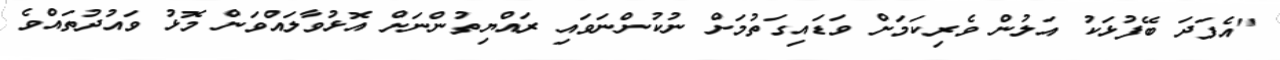
"އެފަދަ ބޭފުޅަކު އަލުން ވެރިކަމަށް ވަޑައިގަތުމަށް ނުކުންނަވައި ރައްޔިތުންނަށް އޮޅުވާލައްވަން މޮޅު ވައުދުތައްވެ